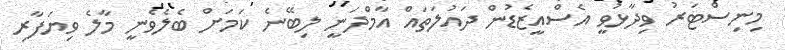
މިނިސްޓަރު ވިދާޅުވީ އެސްއީޒެޑުން ދައުލަތައް އާމްދަނީ ލިބޭނެ ކަމަށް ބެލެވެނީ މާލެ ވިޔަފާރި